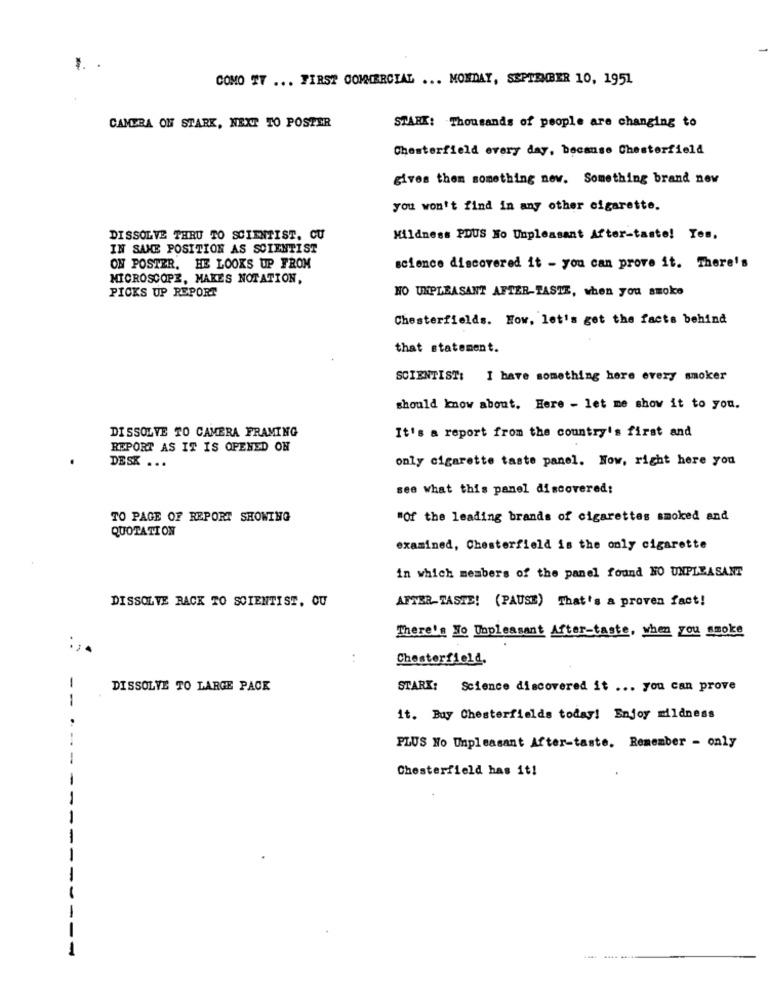
1 .
COMO TT ... FIRST COMMERCIAL ... MONDAY, SEPTEMBER 10, 1951
START: Thousands of people are changing to
CAMERA OH STARK, NEXT TO POSTER
Chesterfield every day, because Chesterfield
gives them something new. Something brand new
you won't find in any other cigarette.
DISSOLVE THRU TO SCIENTIST. CU
Mildness PDUS No Unpleasant After-taste! Tes,
IN SAME POSITION AS SCIENTIST
ON POSTER. HE LOOKS UP FROM
science discovered it - you can prove it. There's
MICROSCOPE, MAKES NOTATION,
PICKS UP REPORT
HO UNPLEASANT AFTER-TASTE, when you smoke
Chesterfields. How. let's get the facts behind
that statement.
SCIENTIST: I have something here every smoker
should know about. Here - let me show it to you.
DISSOLVE TO CAMERA FRAMING
It's a report from the country's first and
REPORT AS IT IS OPENED ON
DESK ...
only cigarette taste panel. Now, right here you
see what this panel discovered:
TO PAGE OF REPORT SHOWING
"Of the leading brands of cigarettes smoked and
QUOTATION
examined, Chesterfield is the only cigarette
in which members of the panel found HO UNPLEASANT
DISSOLVE RACK TO SCIENTIST, OU
AFTER-TASTE! (PAUSE) That's a proven fact!
There's No Unpleasant After-taste, when you smoke
..
Chesterfield.
-
DISSOLVE TO LARGE PACK
STARK: Science discovered it ... you can prove
-
it. Bay Chesterfields today! Enjoy mildness
PLUS No Unpleasant After-taste. Remember - only
Chesterfield has it!
-